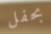
بحفل